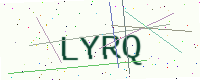
Text: LYRQ